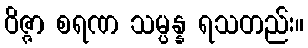
ဝိဇ္ဇာ စရဏ သမ္ပန္န ရသတည်း။